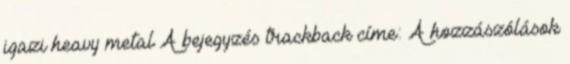
igazi heavy metal A bejegyzés trackback címe: A hozzászólások